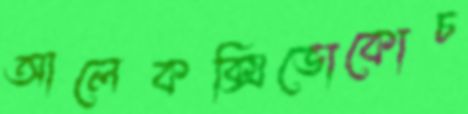
আলেকক্সিভোকোচ